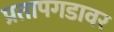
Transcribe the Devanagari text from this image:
प्रतापगडावर